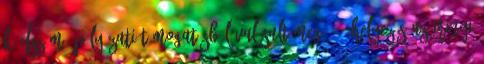
kódszámú pályázati támogatásból valósult meg. 3. helyezés Az Irinyi